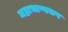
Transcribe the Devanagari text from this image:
महाभाष्यकर